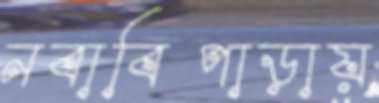
নবাবিপাড়ায়